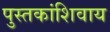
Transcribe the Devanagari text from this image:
पुस्तकांशिवाय